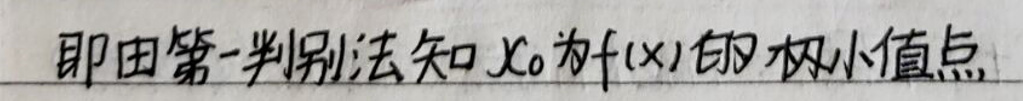
由第一阶判别法知\(x_0\)为\(f(x)\)的极小值点